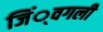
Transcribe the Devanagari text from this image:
जिं्वगली